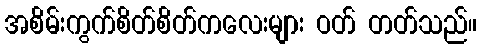
အစိမ်းကွက်စိတ်စိတ်ကလေးများ ဝတ် တတ်သည်။